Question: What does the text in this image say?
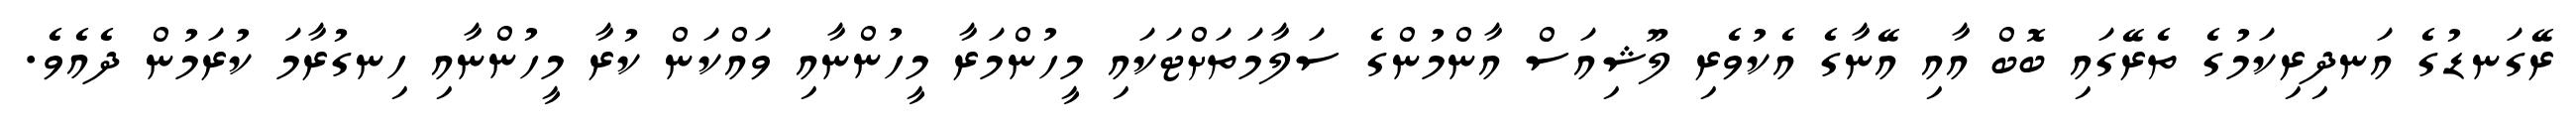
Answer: ރޭގަނޑުގެ އަނދިރިކަމުގެ ތެރޭގައި ބޮބް އާއި އޭނާގެ އެކުވެރި ލޫޝިއަސް އާންމުންގެ ސަލާމަތަށްޓަކައި މީހުންމަރާ މީހުންނާއި ވައްކަން ކުރާ މީހުންނާއި ހިނގުރާމަ ކުރަމުން ދެއެވެ.